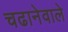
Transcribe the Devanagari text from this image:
चढानेवाले